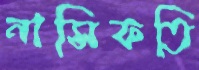
নাসিফতি